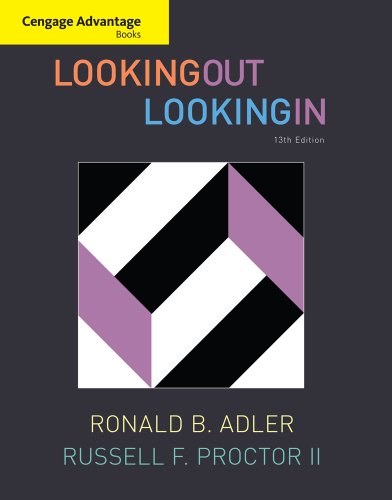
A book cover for Looking Out Looking In, 13th Edition; Ronald B. Adler; Business & Money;